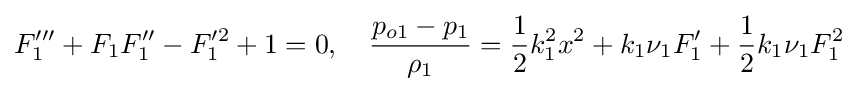
F_{1}'''+F_{1}F_{1}''-F_{1}'^{2}+1=0,\quad {\frac {p_{o1}-p_{1}}{\rho _{1}}}={\frac {1}{2}}k_{1}^{2}x^{2}+k_{1}\nu _{1}F_{1}'+{\frac {1}{2}}k_{1}\nu _{1}F_{1}^{2}